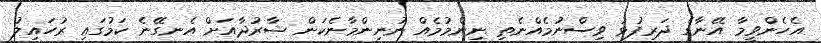
އެހެންވީމާ އޭނާގެ ދަރިފުޅު ވިސްނުމެއްނެތި ނިންމުމެއް ނުނިންމާނެކަން ޝާރުދާއަށް އެނގޭނެ ކަމުގައި ރުހައިލު